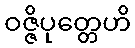
ဝဇ္ဇိပုတ္တေဟိ